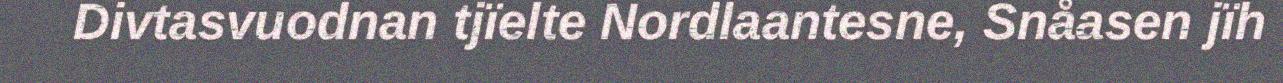
Divtasvuodnan tjïelte Nordlaantesne, Snåasen jïh